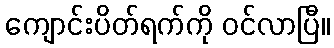
ကျောင်းပိတ်ရက်ကို ဝင်လာပြီ။